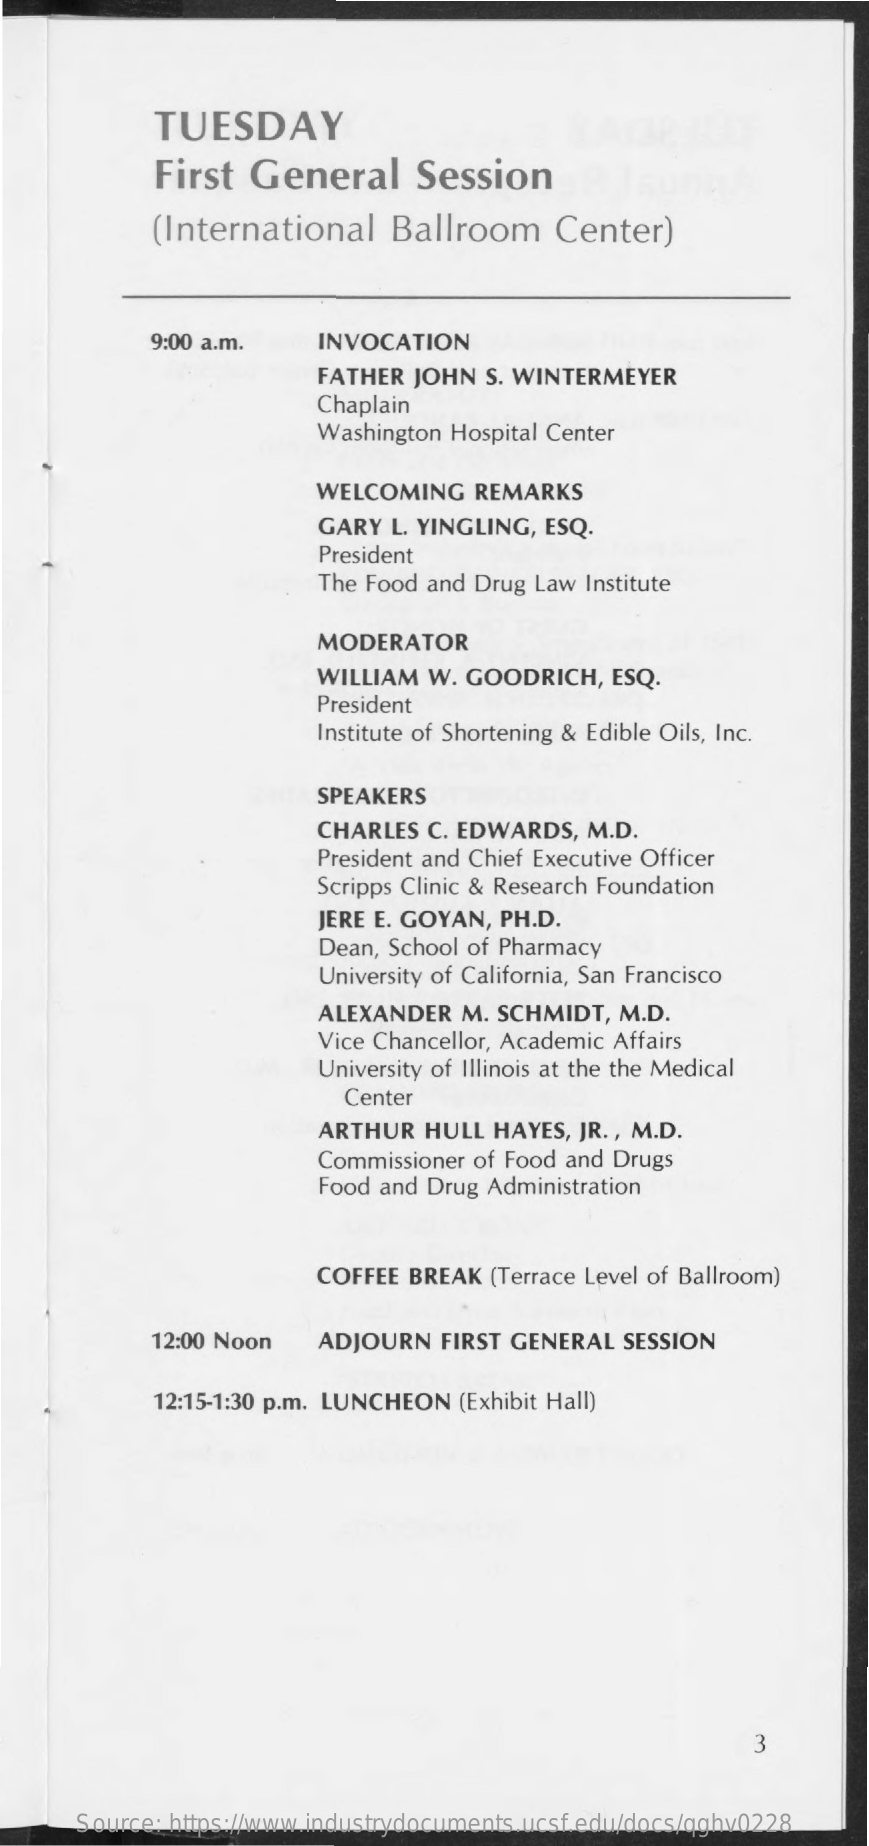
TUESDAY
     First  General    Session
     (International    Ballroom    Center)
     9:00 a.m.    INVOCATION
     FATHER  JOHN  S. WINTERMEYER
     Chaplain
     Washington Hospital Center
     WELCOMING    REMARKS
     GARY  L. YINGLING, ESQ.
     President
     The Food and Drug Law Institute
     MODERATOR
     WILLIAM  W. GOODRICH,   ESQ.
     President
     Institute of Shortening & Edible Oils, Inc.
     SPEAKERS
     CHARLES  C. EDWARDS,   M.D.
     President and Chief Executive Officer
     Scripps Clinic & Research Foundation
     JERE E. GOYAN, PH.D.
     Dean, School of Pharmacy
     University of California, San Francisco
     ALEXANDER   M. SCHMIDT,  M.D.
     Vice Chancellor, Academic Affairs
     University of Illinois at the the Medical
     Center
     ARTHUR  HULL  HAYES, JR. , M.D.
     Commissioner of Food and Drugs
     Food and Drug Administration
     COFFEE  BREAK (Terrace Level of Ballroom)
     12:00 Noon   ADJOURN   FIRST GENERAL   SESSION
     12:15-1:30 p.m. LUNCHEON (Exhibit Hall)
     3
     Source: https://www.industrydocuments.ucsf.edu/docs/qghv0228